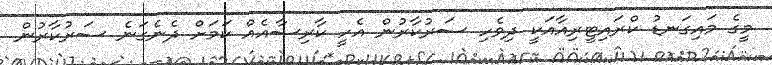
މީގެ މައިގަނޑު ކްރައިޓީރިއާއަކީ ދިވެހި ސަރުކާރުން އެހީ ކާރިސާއެއް ކަމަށް ދެނެގަނެ ސަރުކާރުން